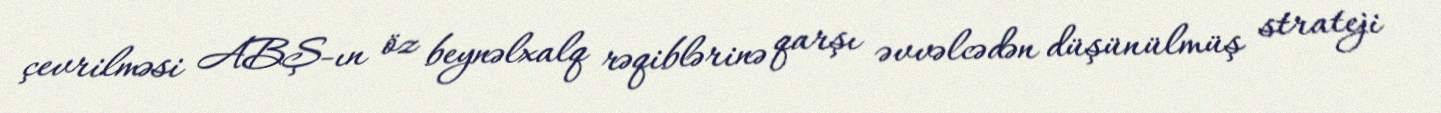
çevrilməsi ABŞ-ın öz beynəlxalq rəqiblərinə qarşı əvvəlcədən düşünülmüş strateji